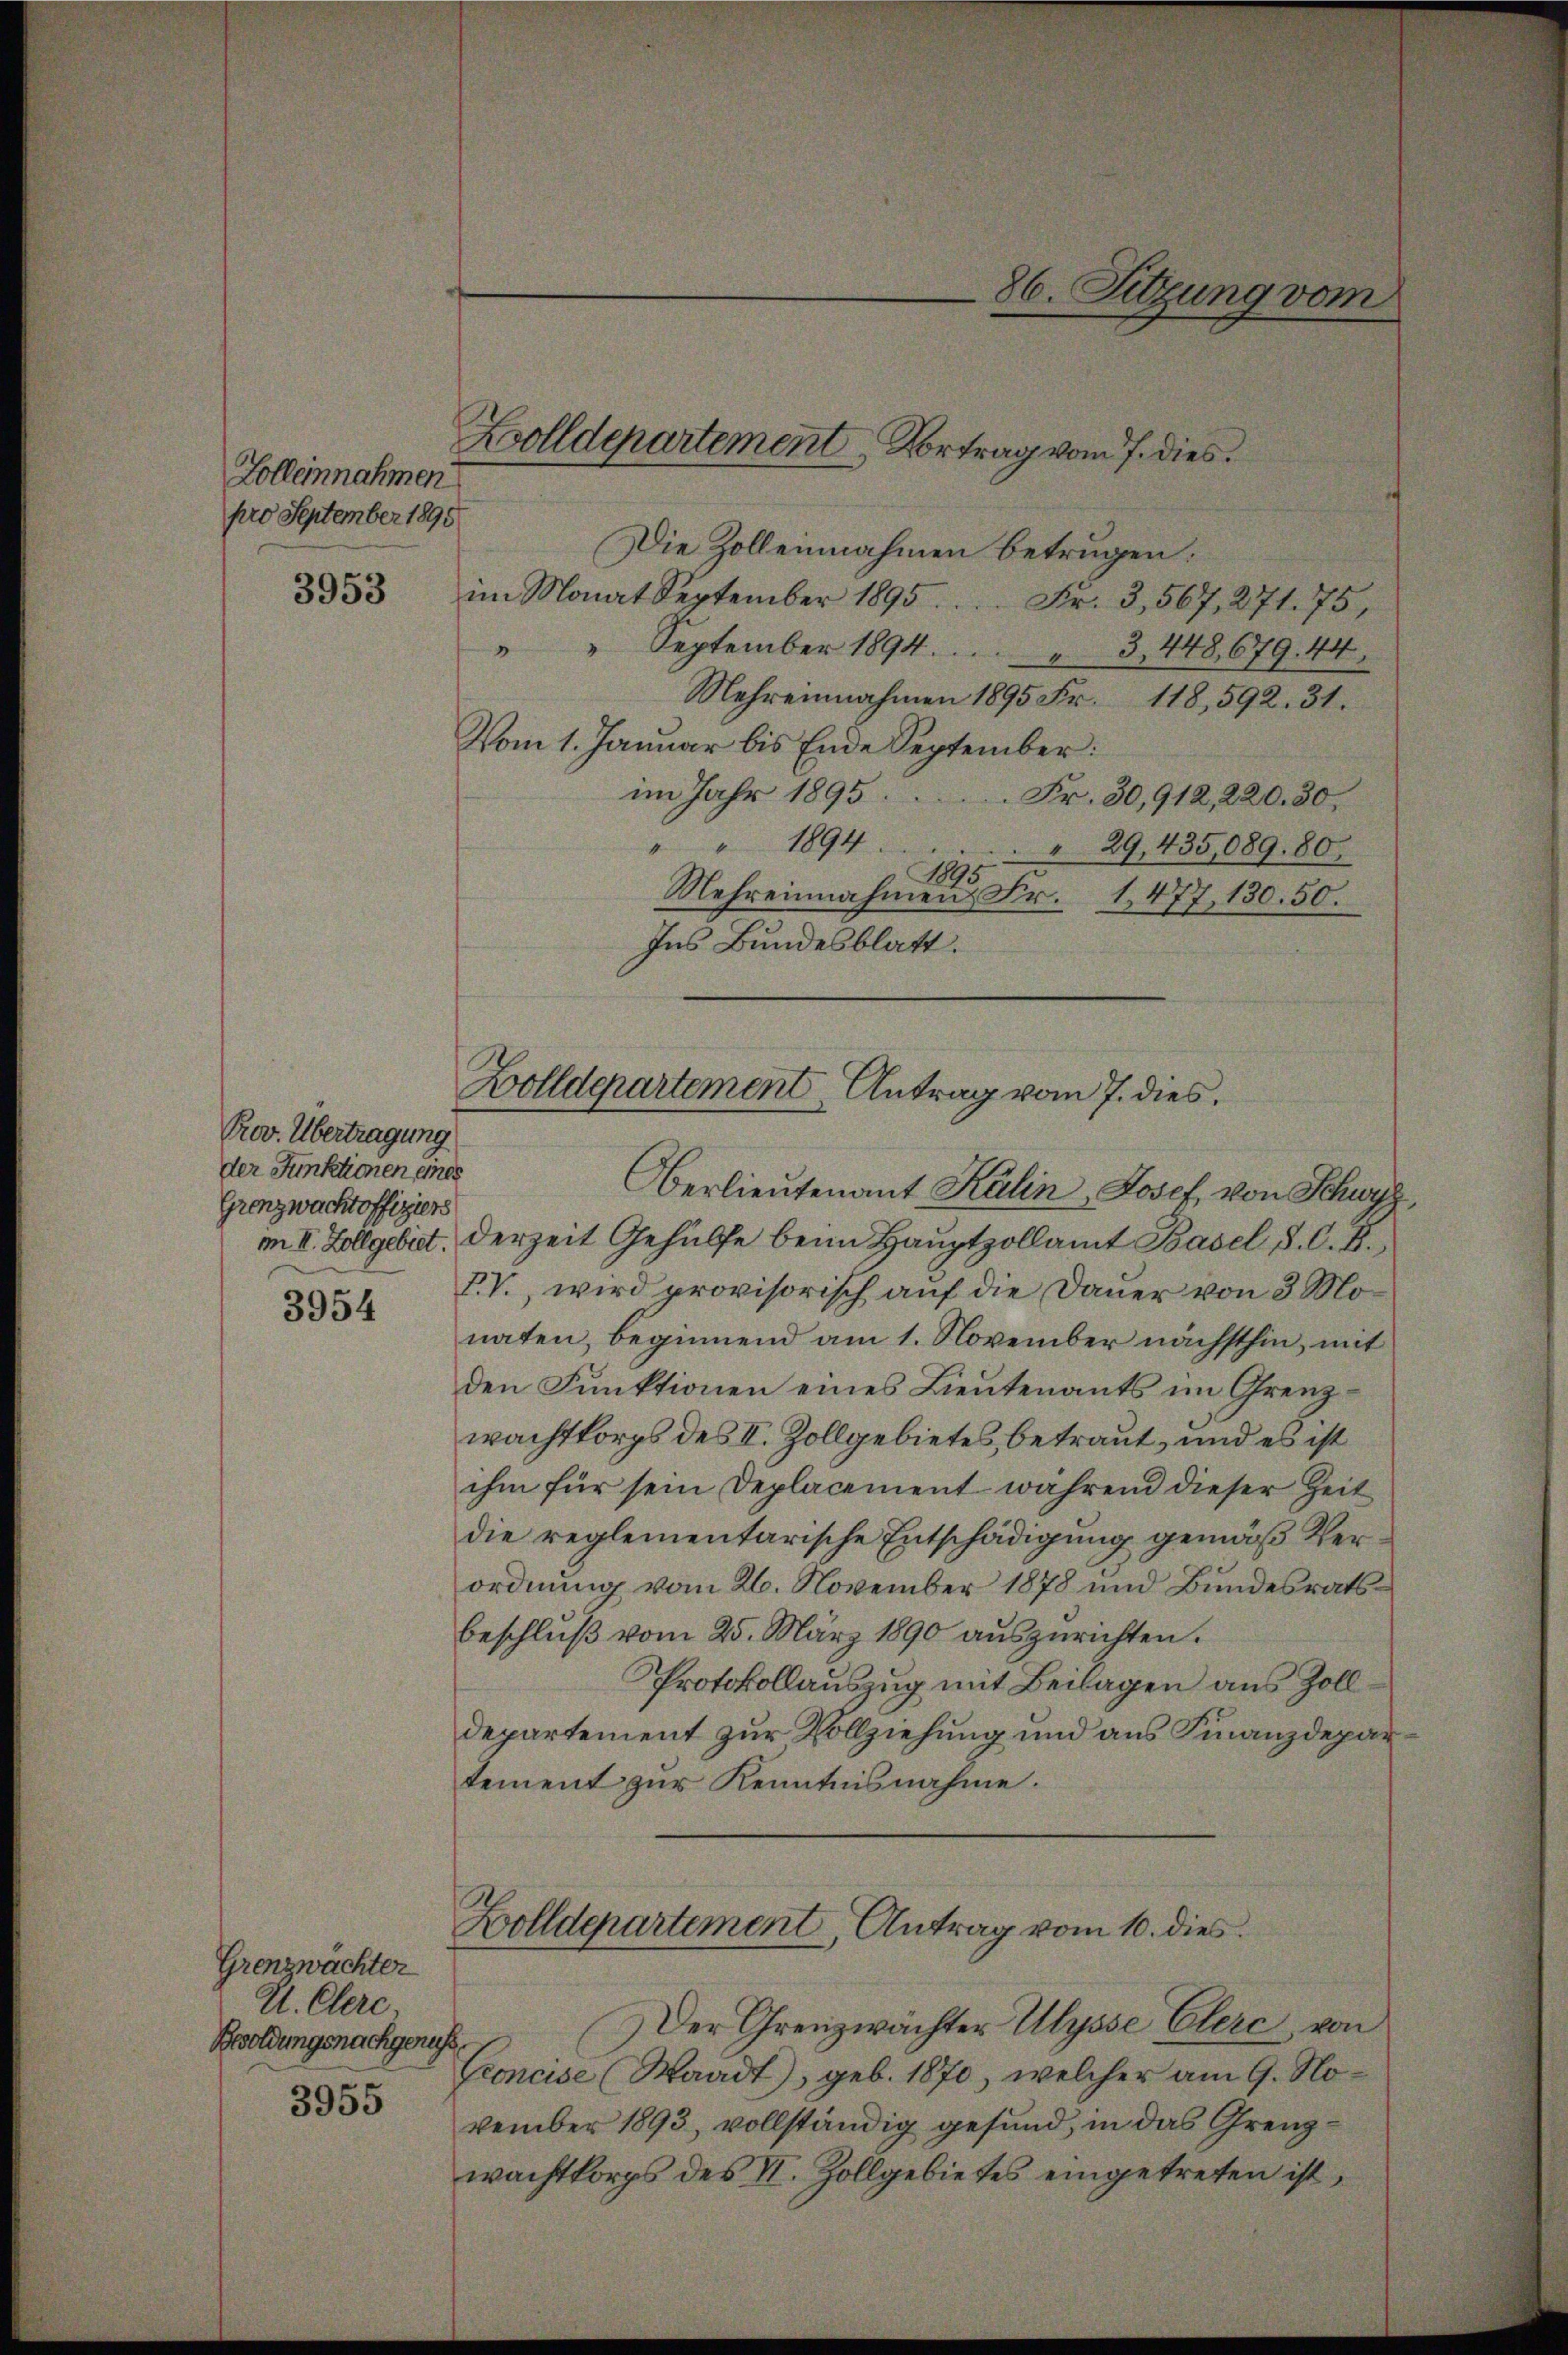
Zolleinnahmen
pro September 1898

3953

Prov. Übertragung
der Funktionen eines
Grenzwacht offiziers

3954

Grenzwächter
U. Clerc.
Besoldungsnachgeruhe,
3955

Die Zolleinahmen betrugen:
im Monat September 1895. Fr. 3, 567, 271. 75,
" " September 1894. " 3, 448, 679. 44
Mehreinnahmen 1895 Fr. 118, 592. 31.
Vom 1. Januar bis Ende September:
im Jahr 1895.
 Fr. 30,912, 220. 30,
"" 1894
29,435,089. 80.
1895
Mehreinnahmen Fr.
1477. 130. 50.
Ins Bundesblatt.
Zolldepartement Antrag vom 7. dies

Oberlieutenant Kalin, Josef von Schwyz,
m II. Zollgebiet. Derzeit Gehülfe beim Hauptzollamt Basel S. O. S.,
XV., wird provisorisch auf die Dauer von 3 Monaten, beginnend am 1. November nächsthin, mit
den Funktionen eines Lieutenants im Grenzwachtkorps des II. Zollgebietes, betraut, und es ist
ihm für sein Deplacement während dieser Zeit
die reglementarische Entschädigung gemäß Verordnung vom 26. November 1878 und Bundesrats¬
Beschluß vom 25. März 1890 auszurichten.
Protokollauszug mit Beilagen aus Zolldepartement zur Vollziehung und aus Finanzdepar
tement zur Kenntnisnahme.

Zolldepartement Vortrag vom 7. dies

86. Sitzung vom

Zolldepartement, Antrag vom 10. dies

Der Grenzwächter Ulysse Elerc, von
Groncise (Waadt, geb. 1870, welcher am 9. November 1893, vollständig gesund, in das Grenzwachtkorps des II. Zollgebietes eingetreten ist,